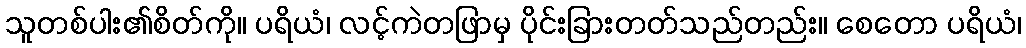
သူတစ်ပါး၏စိတ်ကို။ ပရိယံ၊ လင့်ကဲတဖြာမှ ပိုင်းခြားတတ်သည်တည်း။ စေတော ပရိယံ၊